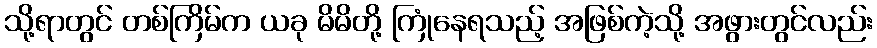
သို့ရာတွင် တစ်ကြိမ်က ယခု မိမိတို့ ကြုံနေရသည့် အဖြစ်ကဲ့သို့ အဖွားတွင်လည်း